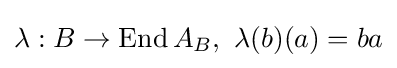
\lambda :B\rightarrow {\mbox{End}}\,A_{B},\ \lambda (b)(a)=ba